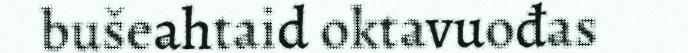
bušeahtaid oktavuođas